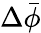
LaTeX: \Delta\bar{\phi}